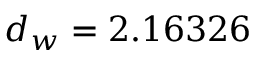
d _ { w } = 2 . 1 6 3 2 6